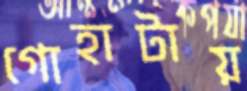
গোহাটায়